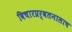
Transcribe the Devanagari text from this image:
विचारप्रर्वतनालाच